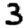
Digit: 3